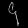
Digit: ၄